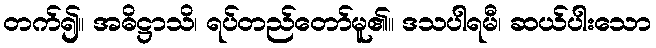
တက်၍။ အဓိဋ္ဌာသိ၊ ရပ်တည်တော်မူ၏။ ဒသပါရမီ၊ ဆယ်ပါးသော